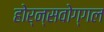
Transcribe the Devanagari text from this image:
होर्न्सवोग्गल